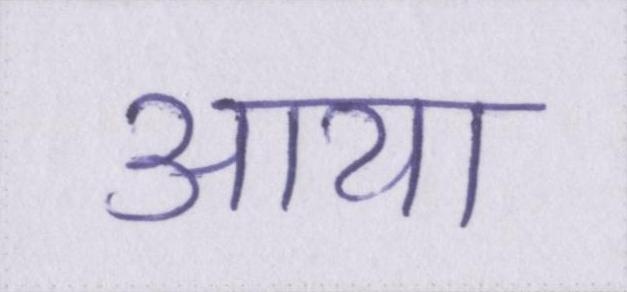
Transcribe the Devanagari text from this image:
आया